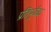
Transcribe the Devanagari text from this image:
प्रतिपूर्वक